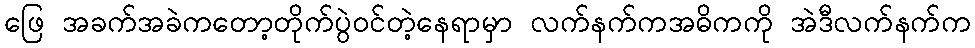
ဖြေ အခက်အခဲကတော့တိုက်ပွဲဝင်တဲ့နေရာမှာ လက်နက်ကအဓိကကို အဲဒီလက်နက်က